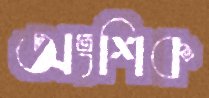
অংশিক